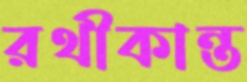
রথীকান্ত